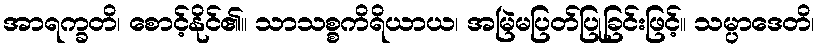
အာရက္ခတိ၊ စောင့်နိုင်၏။ သာသစ္စကိရိယာယ၊ အမြဲမပြတ်ပြုခြင်းဖြင့်။ သမ္ပာဒေတိ၊